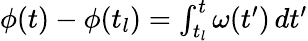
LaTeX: \begin{array}{r}{\phi(t)-\phi(t_{l})=\int_{t_{l}}^{t}\omega(t^{\prime})\, dt^{\prime}}\end{array}